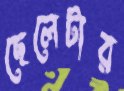
ছেলেটার